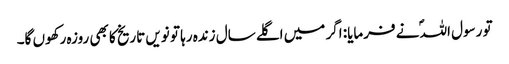
تو رسول اللہؐ نے فرمایا: اگر میں اگلے سال زندہ رہا تو نویں تاریخ کا بھی روزہ رکھوں گا۔